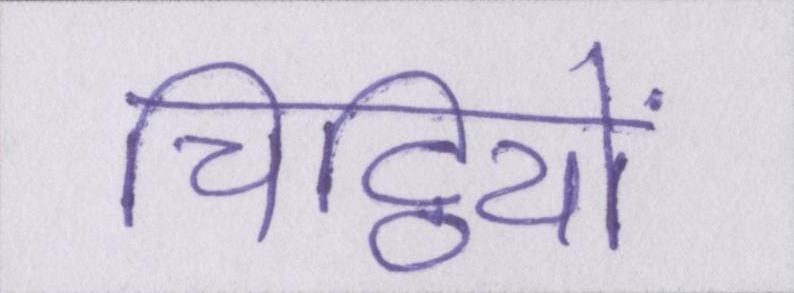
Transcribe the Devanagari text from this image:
चिट्ठियों